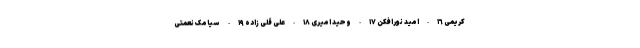
کریمى ١٦-امید نورافکن ١٧-وحید امیرى ١٨-على قلى زاده ١٩- سیامک نعمتى